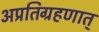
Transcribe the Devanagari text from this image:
अप्रतिग्रहणात्